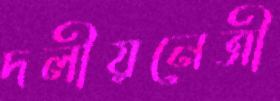
দলীয়নেত্রী